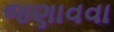
જણાવવા